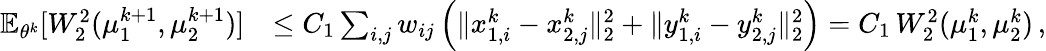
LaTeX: \begin{array}{rl}{\mathbb{E}_{\theta^{k}}[W_{2}^{2}(\mu_{1}^{k+1},\mu_{2}^{k+1})]}&{\leq C_{1}\sum_{i,j}w_{ij}\left(\| x_{1,i}^{k}-x_{2,j}^{k}\| _{2}^{2}+\| y_{1,i}^{k}-y_{2,j}^{k}\| _{2}^{2}\right)=C_{1}\, W_{2}^{2}(\mu_{1}^{k},\mu_{2}^{k})\, ,}\end{array}